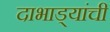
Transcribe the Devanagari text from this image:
दाभाड्यांची